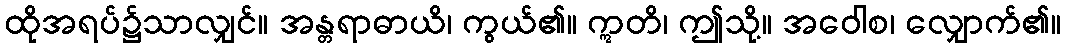
ထိုအရပ်၌သာလျှင်။ အန္တရာဓာယိ၊ ကွယ်၏။ ဣတိ၊ ဤသို့။ အဝေါစ၊ လျှောက်၏။